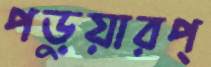
পড়ুয়ারপ্